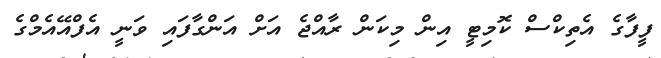
ފީފާގެ އެތިކްސް ކޮމިޓީ އިން މިކަން ރާއްޖެ އަށް އަންގާފައި ވަނީ އެފްއޭއެމްގެ